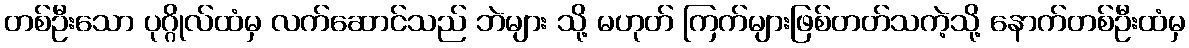
တစ်ဦးသော ပုဂ္ဂိုလ်ထံမှ လက်ဆောင်သည် ဘဲများ သို့ မဟုတ် ကြက်များဖြစ်တတ်သကဲ့သို့ နောက်တစ်ဦးထံမှ